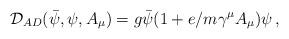
LaTeX: \begin{align*}\mathcal{D}_{AD}(\bar{\psi},\psi ,A_{\mu })=g\bar{\psi}(1+e/m\gamma ^{\mu}A_{\mu })\psi \,,\end{align*}